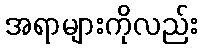
အရာများကိုလည်း